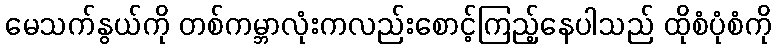
မေသက်နွယ်ကို တစ်ကမ္ဘာလုံးကလည်းစောင့်ကြည့်နေပါသည် ထိုစံပုံစံကို